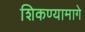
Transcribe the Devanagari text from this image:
शिकण्यामागे